Civil Veterinary Department. Madras. Admin. report 1910-25 - 1910-1925
Year: 1910
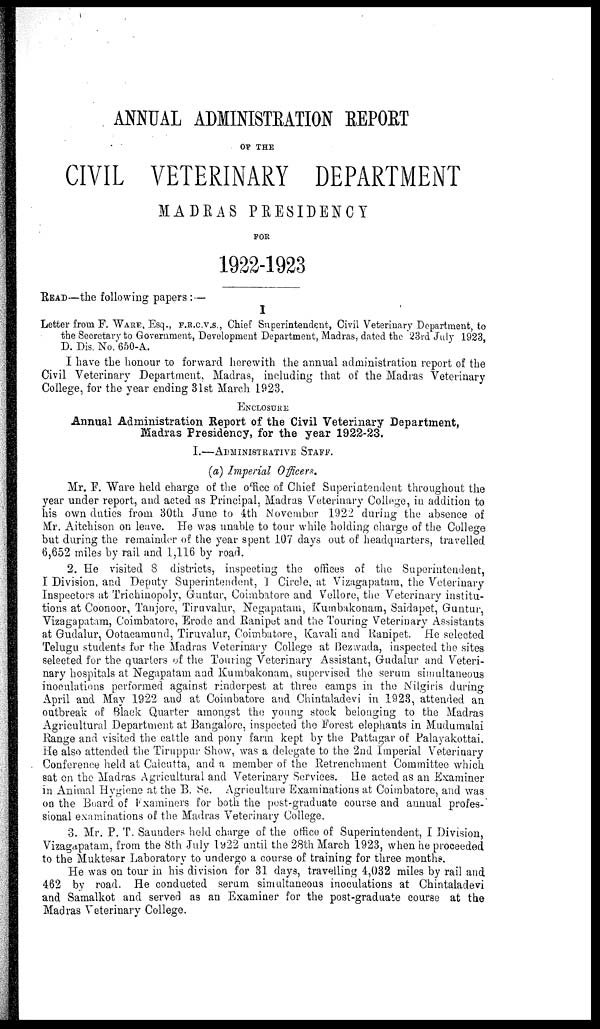
ANNUAL ADMINISTRATION REPORT
OF THE
CIVIL VETERINARY DEPARTMENT
MADRAS PRESIDENCY
FOR
1922-1923
READ—the following papers: —
I
Letter from F. WARE, Esq., F.R.C.V.S., Chief Superintendent, Civil Veterinary Department, to
the Secretary to Government, Development Department, Madras, dated the 23rd July 1923,
D. Dis. No. 650-A.
I have the honour to forward herewith the annual administration report of the
Civil Veterinary Department, Madras, including that of the Madras Veterinary-
College, for the year ending 31st March 1923.
ENCLOSURE
Annual Administration Report of the Civil Veterinary Department,
Madras Presidency, for the year 1922-23.
I.—ADMINISTRATIVE STAFF.
(a) Imperial Officers.
Mr. F. Ware held charge of the office of Chief Superintendent throughout the
year under report, and acted as Principal, Madras Veterinary College, in addition to
his own duties from 30th June to 4th November 1922 during the absence of
Mr. Aitchison on leave. He was unable to tour while holding charge of the College
but during the remainder of the year spent 107 days out of headquarters, travelled
6,652 miles by rail and 1,116 by road.
2. He visited 8 districts, inspecting the offices of the Superintendent,
I Division, and Deputy Superintendent, I Circle, at Vizagapatam, the Veterinary
Inspectors at Trichinopoly, Guntur, Coimbatore and Vellore, the Veterinary institu-
tions at Coonoor, Tanjore, Tiruvalur, Negapatam, Kumbakonam, Saidapet, Guntur,
Vizagapatam, Coimbatore, Erode and Ranipet and the Touring Veterinary Assistants
at Gudalur, Ootacamund, Tiruvalur, Coimbatore, Kavali and Ranipet. He selected
Telugu students fur the Madras Veterinary College at Bezwada, inspected the sites
selected for the quarters of the Touring Veterinary Assistant, Gudalur and Veteri-
nary hospitals at Negapatam and Kumbakonam, supervised the serum simultaneous
inoculations performed against rinderpest at three camps in the Nilgiris during
April and May 1922 and at Coimbatore and Chintaladevi in 1923, attended an
outbreak of Black Quarter amongst the young stock belonging to the Madras
Agricultural Department at Bangalore, inspected the Forest elephants in Mudumalai
Range and visited the cattle and pony farm kept by the Pattagar of Palayakottai.
He also attended the Tiruppur Show, was a delegate to the 2nd Imperial Veterinary
Conference held at Calcutta, and a member of the Retrenchment Committee which
sat on the Madras Agricultural and Veterinary Services. He acted as an Examiner
in Animal Hygiene at the B. Se. Agriculture Examinations at Coimbatore, and was
on the Board of Examiners for both the post-graduate course and annual profes-
sional examinations of the Madras Veterinary College.
3. Mr. P. T. Saunders held charge of the office of Superintendent, I Division,
Vizagapatam, from the 8th July 1922 until the 28th March 1923, when he proceeded
to the Muktesar Laboratory to undergo a course of training for three months.
He was on tour in his division for 31 days, travelling 4,032 miles by rail and
462 by road. He conducted serum simultaneous inoculations at Chintaladevi
and Samalkot and served as an Examiner for the post-graduate course at the
Madras Veterinary College.